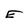
Character: E